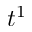
t ^ { 1 }